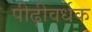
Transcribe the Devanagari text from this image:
पीढ़ीवर्धक